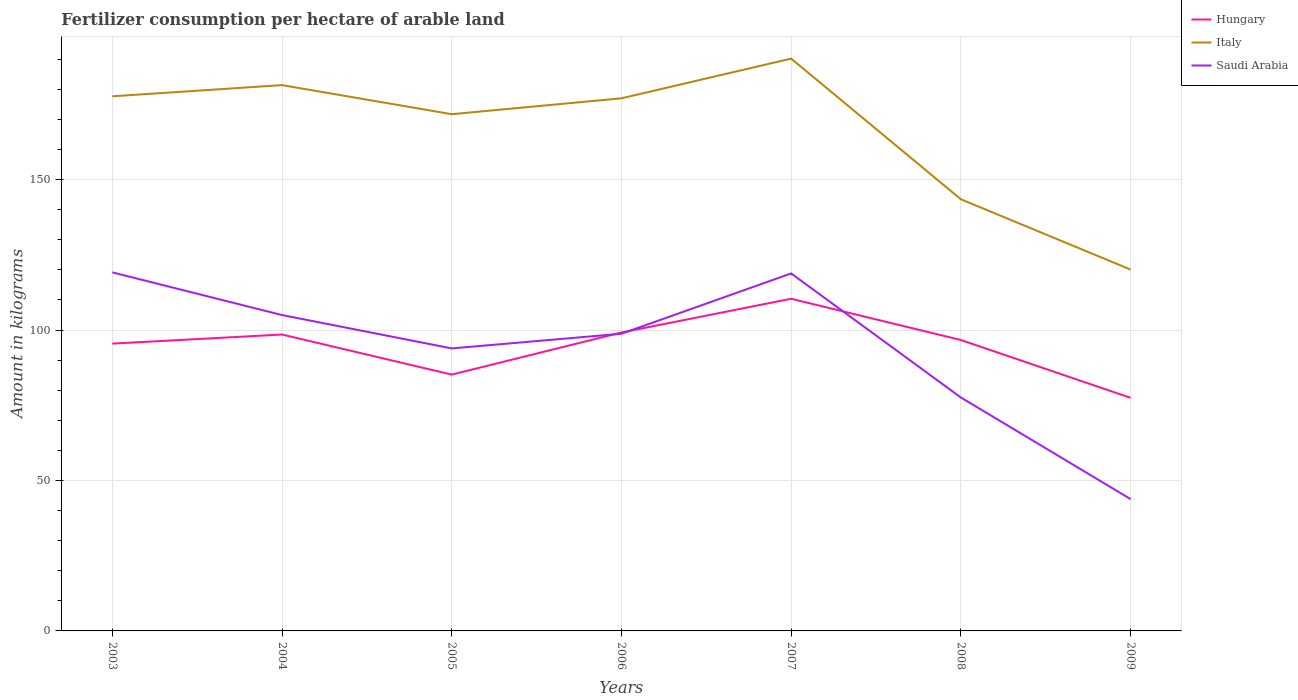
| Years | Hungary | Italy | Saudi Arabia |
 | --- | --- | --- | --- |
 | 2003 | 95.5 | 178 | 119 |
 | 2004 | 98.5 | 181 | 105 |
 | 2005 | 85.2 | 172 | 93.9 |
 | 2006 | 99.2 | 177 | 98.8 |
 | 2007 | 110 | 190 | 119 |
 | 2008 | 96.7 | 143 | 77.6 |
 | 2009 | 77.5 | 120 | 43.8 |